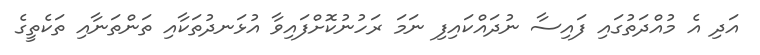
އަދި އެ މުއްދަތުގައި ފައިސާ ނުދައްކައިފި ނަމަ ރަހުނުކޮށްފައިވާ އުޅަނދުތަކާއި ތަންތަނާއި ތަކެތީގެ